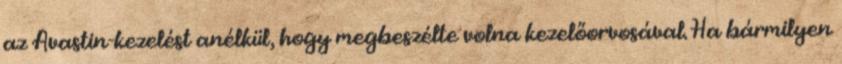
az Avastin-kezelést anélkül, hogy megbeszélte volna kezelőorvosával. Ha bármilyen